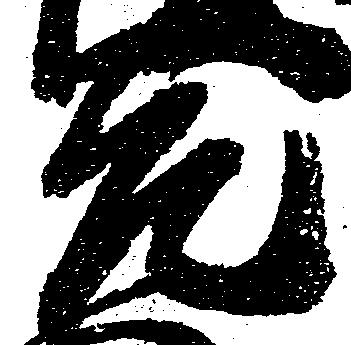
元